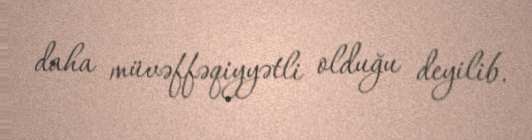
daha müvəffəqiyyətli olduğu deyilib.